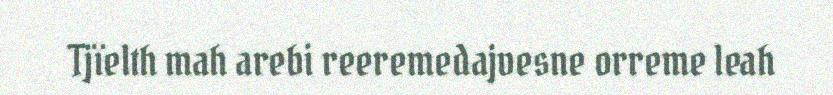
Tjïelth mah arebi reeremedajvesne orreme leah